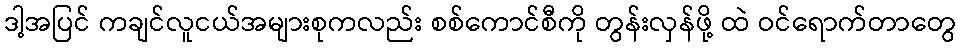
ဒါ့အပြင် ကချင်လူငယ်အများစုကလည်း စစ်ကောင်စီကို တွန်းလှန်ဖို့ ထဲ ဝင်ရောက်တာတွေ